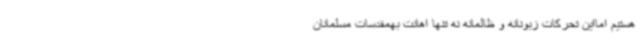
هستیم امااین تحرکات زبونانه و ظالمانه نه تنها اهانت بهمقدسات مسلمانان